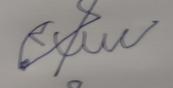
Signature authenticity: forged